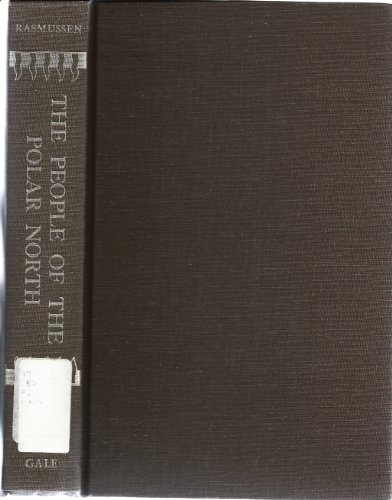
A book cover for People of the Polar North; Knud J. Rasmussen; History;